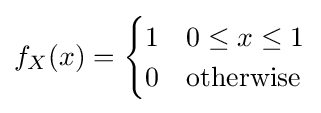
f_{X}(x)={\begin{cases}1&0\leq x\leq 1\\0&{\text{otherwise}}\end{cases}}